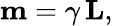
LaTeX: \mathbf{m}=\gamma\, \mathbf{L},